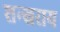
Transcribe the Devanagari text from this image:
शन्खराय